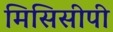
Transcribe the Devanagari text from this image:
मिसिसीपी